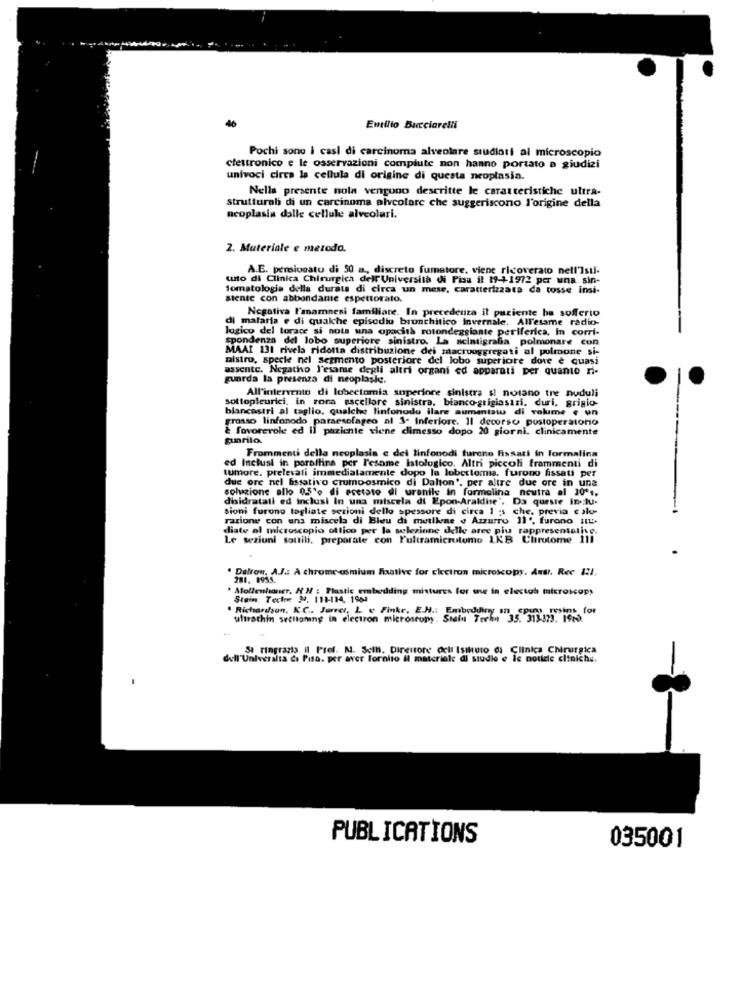
46
Emilio Bucciarelli
Pochi sono i casi di carcinoma alveolare studiati al microscopio
elettronico e le osservazioni compiute non hanno portato a giudizi
univoci circa la cellula di origine di questa neoplasia.
Nella presente nola vengono descritte le caratteristiche ultra-
strutturah di un carcinoma alveolare che suggeriscono l'origine della
neoplasia dalle cellule alveolari.
2. Materiale e metoda.
A.E. persivcato di 50 a, discreto fumatore, viene ricoverato nell']sti-
tuto di Clinica Chirurgica dell'Università di Pisa il 19-1-1972 per una sin-
Tomatologie della durata di circa un mese, caratterizzata da tosse insi-
stente con abbondante espettorato.
Negativa I'anamnesi familiare. In precedenza il paziente ha sofferto
di malaria e di qualche episodiu brunchitico invernale. All'esame radio-
logico del torace si nota una opacità rotondegsiante periferica, In corri-
spondenza del lobo superiore sinistro. La scintigrafia polmonare con
MAAT 131 rivela ridotta distribuzione dei macroaggregati al polmone si-
nistro, specie nel segmento posteriore del lobo superiore dote è quasi
assente. Negatho l'esame degli altri organi ed apparati per quanto ni-
guarda la presenza di neoplasie.
All'intervento di lobectomia superiore sinistra si notano tre noduli
sottopleurici, in zona ascellare sinistra. bianco-grigiastri, duri, grigio-
blancastri al taglio, qualche linfonodo ilare aumentato di volume e un
grosso linfonodo paraesofageo al 3- Inferiore. Il decorso postoperatorio
& fovorevole ed il paziente viene dimesso dopo 20 giorni. clinicamente
Frommenti della neoplasia c dei linfonodi furono Fissati in formalina
tumore, prelevali immediatamente dopo la lobectomia, furono fissati per
ed Inclusi in paraffina per l'esame Istologico. Altri piccoli frammenti di
re nel fissativo crumoosmico di Dalton', per altre due ore in una
soluzione allo 0.5'o di acetato di uronils in formalina noutra al 30 **,
disidratati ed inclusi In una miscela di Epon-Araldie'. Da queste Inclu-
sioni furono tagliate sezioni dello spessore di circa 1 ; che. previa c alo-
razione con una miscela di Bleu di metlkene . Azzurro 11', furono IL.
diate al microscopio ottico per la selezione delle aree piu rappresentative.
Le sezioni sottili, preparate con l'ultramicrotomo LKB Chrutome 1li
Dalton, A.J .: A chrome osmium Faative for electron microscopy. Ant !. Rec 121.
281. 1955.
* Mollenhauer, H M : Plastic embedding mistures for use in electgh microscopy
Stein Teche 3. 111-114, 1964
. Richardson, K.C. Jarret, L & Finke. E.H .: Embedding 35312375. 1969
ultrathin setligning in electron microscopy.
SI ringrazia il Prof. N. Scih. Direttore dell'istituto di Clinica Chirurgica
dell'Universita da Piso. per aver fornito il materiale di studie e le notizie citniche.
PUBLICATIONS
035001